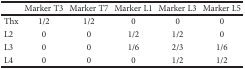
<table><thead><tr><td></td><td><b>Marker T3</b></td><td><b>Marker T7</b></td><td><b>Marker L1</b></td><td><b>Marker L3</b></td><td><b>Marker L5</b></td></tr></thead><tbody><tr><td>Thx</td><td>1/2</td><td>1/2</td><td>0</td><td>0</td><td>0</td></tr><tr><td>L2</td><td>0</td><td>0</td><td>1/2</td><td>1/2</td><td>0</td></tr><tr><td>L3</td><td>0</td><td>0</td><td>1/6</td><td>2/3</td><td>1/6</td></tr><tr><td>L4</td><td>0</td><td>0</td><td>0</td><td>1/2</td><td>1/2</td></tr></tbody></table>